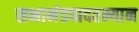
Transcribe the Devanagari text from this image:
सभामंडपादरम्यान